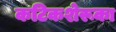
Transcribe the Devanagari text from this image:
कटिकशेरूका